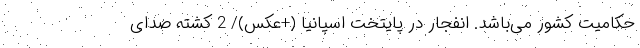
حکامیت کشور می‌باشد. انفجار در پایتخت اسپانیا (+عکس)/ 2 کشته صدای